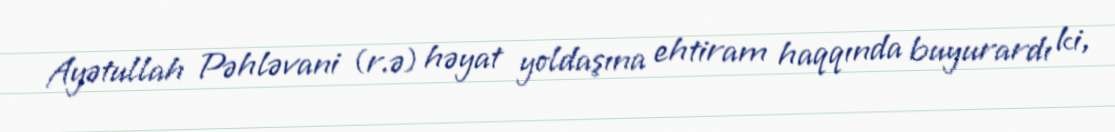
Ayətullah Pəhləvani (r.ə) həyat yoldaşına ehtiram haqqında buyurardı ki,